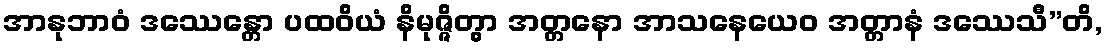
အာနုဘာဝံ ဒဿေန္တော ပထဝိယံ နိမုဇ္ဇိတွာ အတ္တနော အာသနေယေဝ အတ္တာနံ ဒဿေသီ”တိ,